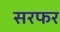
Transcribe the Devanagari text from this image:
सरफर